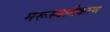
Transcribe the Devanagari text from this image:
मरूस्थलीकरण